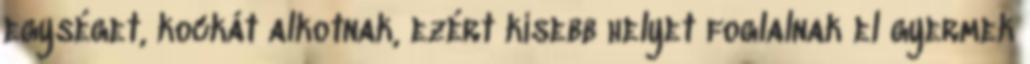
egységet, kockát alkotnak, ezért kisebb helyet foglalnak el gyermek